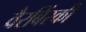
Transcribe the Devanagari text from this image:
वैरबिंस्की